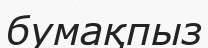
бумақпыз